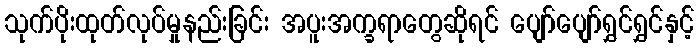
သုက်ပိုးထုတ်လုပ်မှုနည်းခြင်း အပူးအက္ခရာတွေဆိုရင် ပျော်ပျော်ရွှင်ရွှင်နှင့်